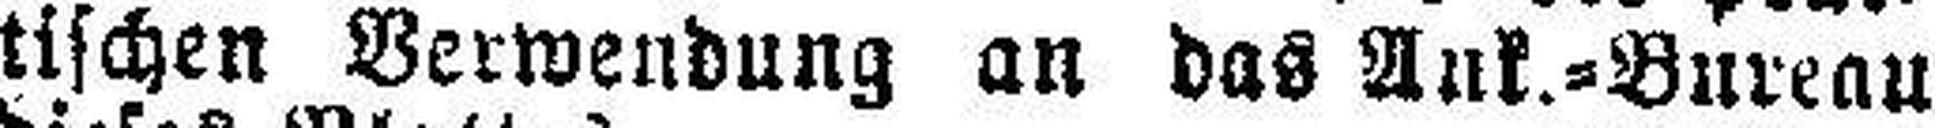
tischen Verwendung an das Ank.=Bureau